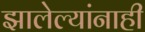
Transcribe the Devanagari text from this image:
झालेल्यांनाही